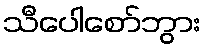
သီပေါစော်ဘွား